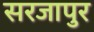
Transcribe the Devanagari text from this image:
सरजापुर